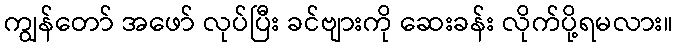
ကျွန်တော် အဖော် လုပ်ပြီး ခင်ဗျားကို ဆေးခန်း လိုက်ပို့ရမလား။